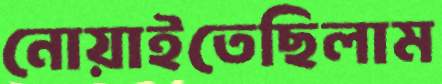
নোয়াইতেছিলাম